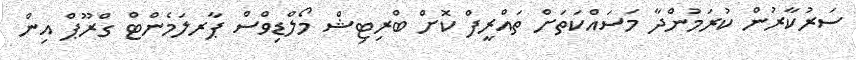
ސަރުކާރުން ކުރަމުންދާ މަސައްކަތަށް ތައްރީފް ކޮށް ބްރިޓިޝް މޯލްޑިވްސް ޕާރލަމެންޓް ގްރޫޕް އިން